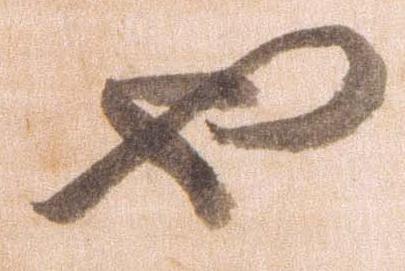
也